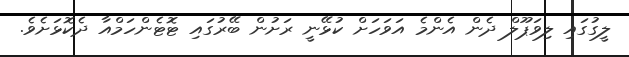
ލީގުގައި ލިވަޕޫލް ދެން އެންމެ އަވަހަށް ކުޅޭނީ ރަށުން ބޭރުގައި ޓޮޓެންހަމްއާ ދެކޮޅަށެވެ.